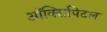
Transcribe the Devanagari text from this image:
ऑक्सिपिटल